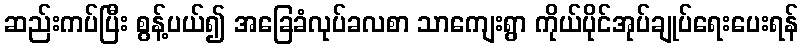
ဆည်းကပ်ပြီး စွန့်ပယ်၍ အခြေခံလုပ်ခလစာ သာကျေးရွာ ကိုယ်ပိုင်အုပ်ချုပ်ရေးပေးရန်